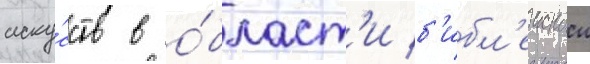
иску́сств в о́бласт'и б'ибл'еискои